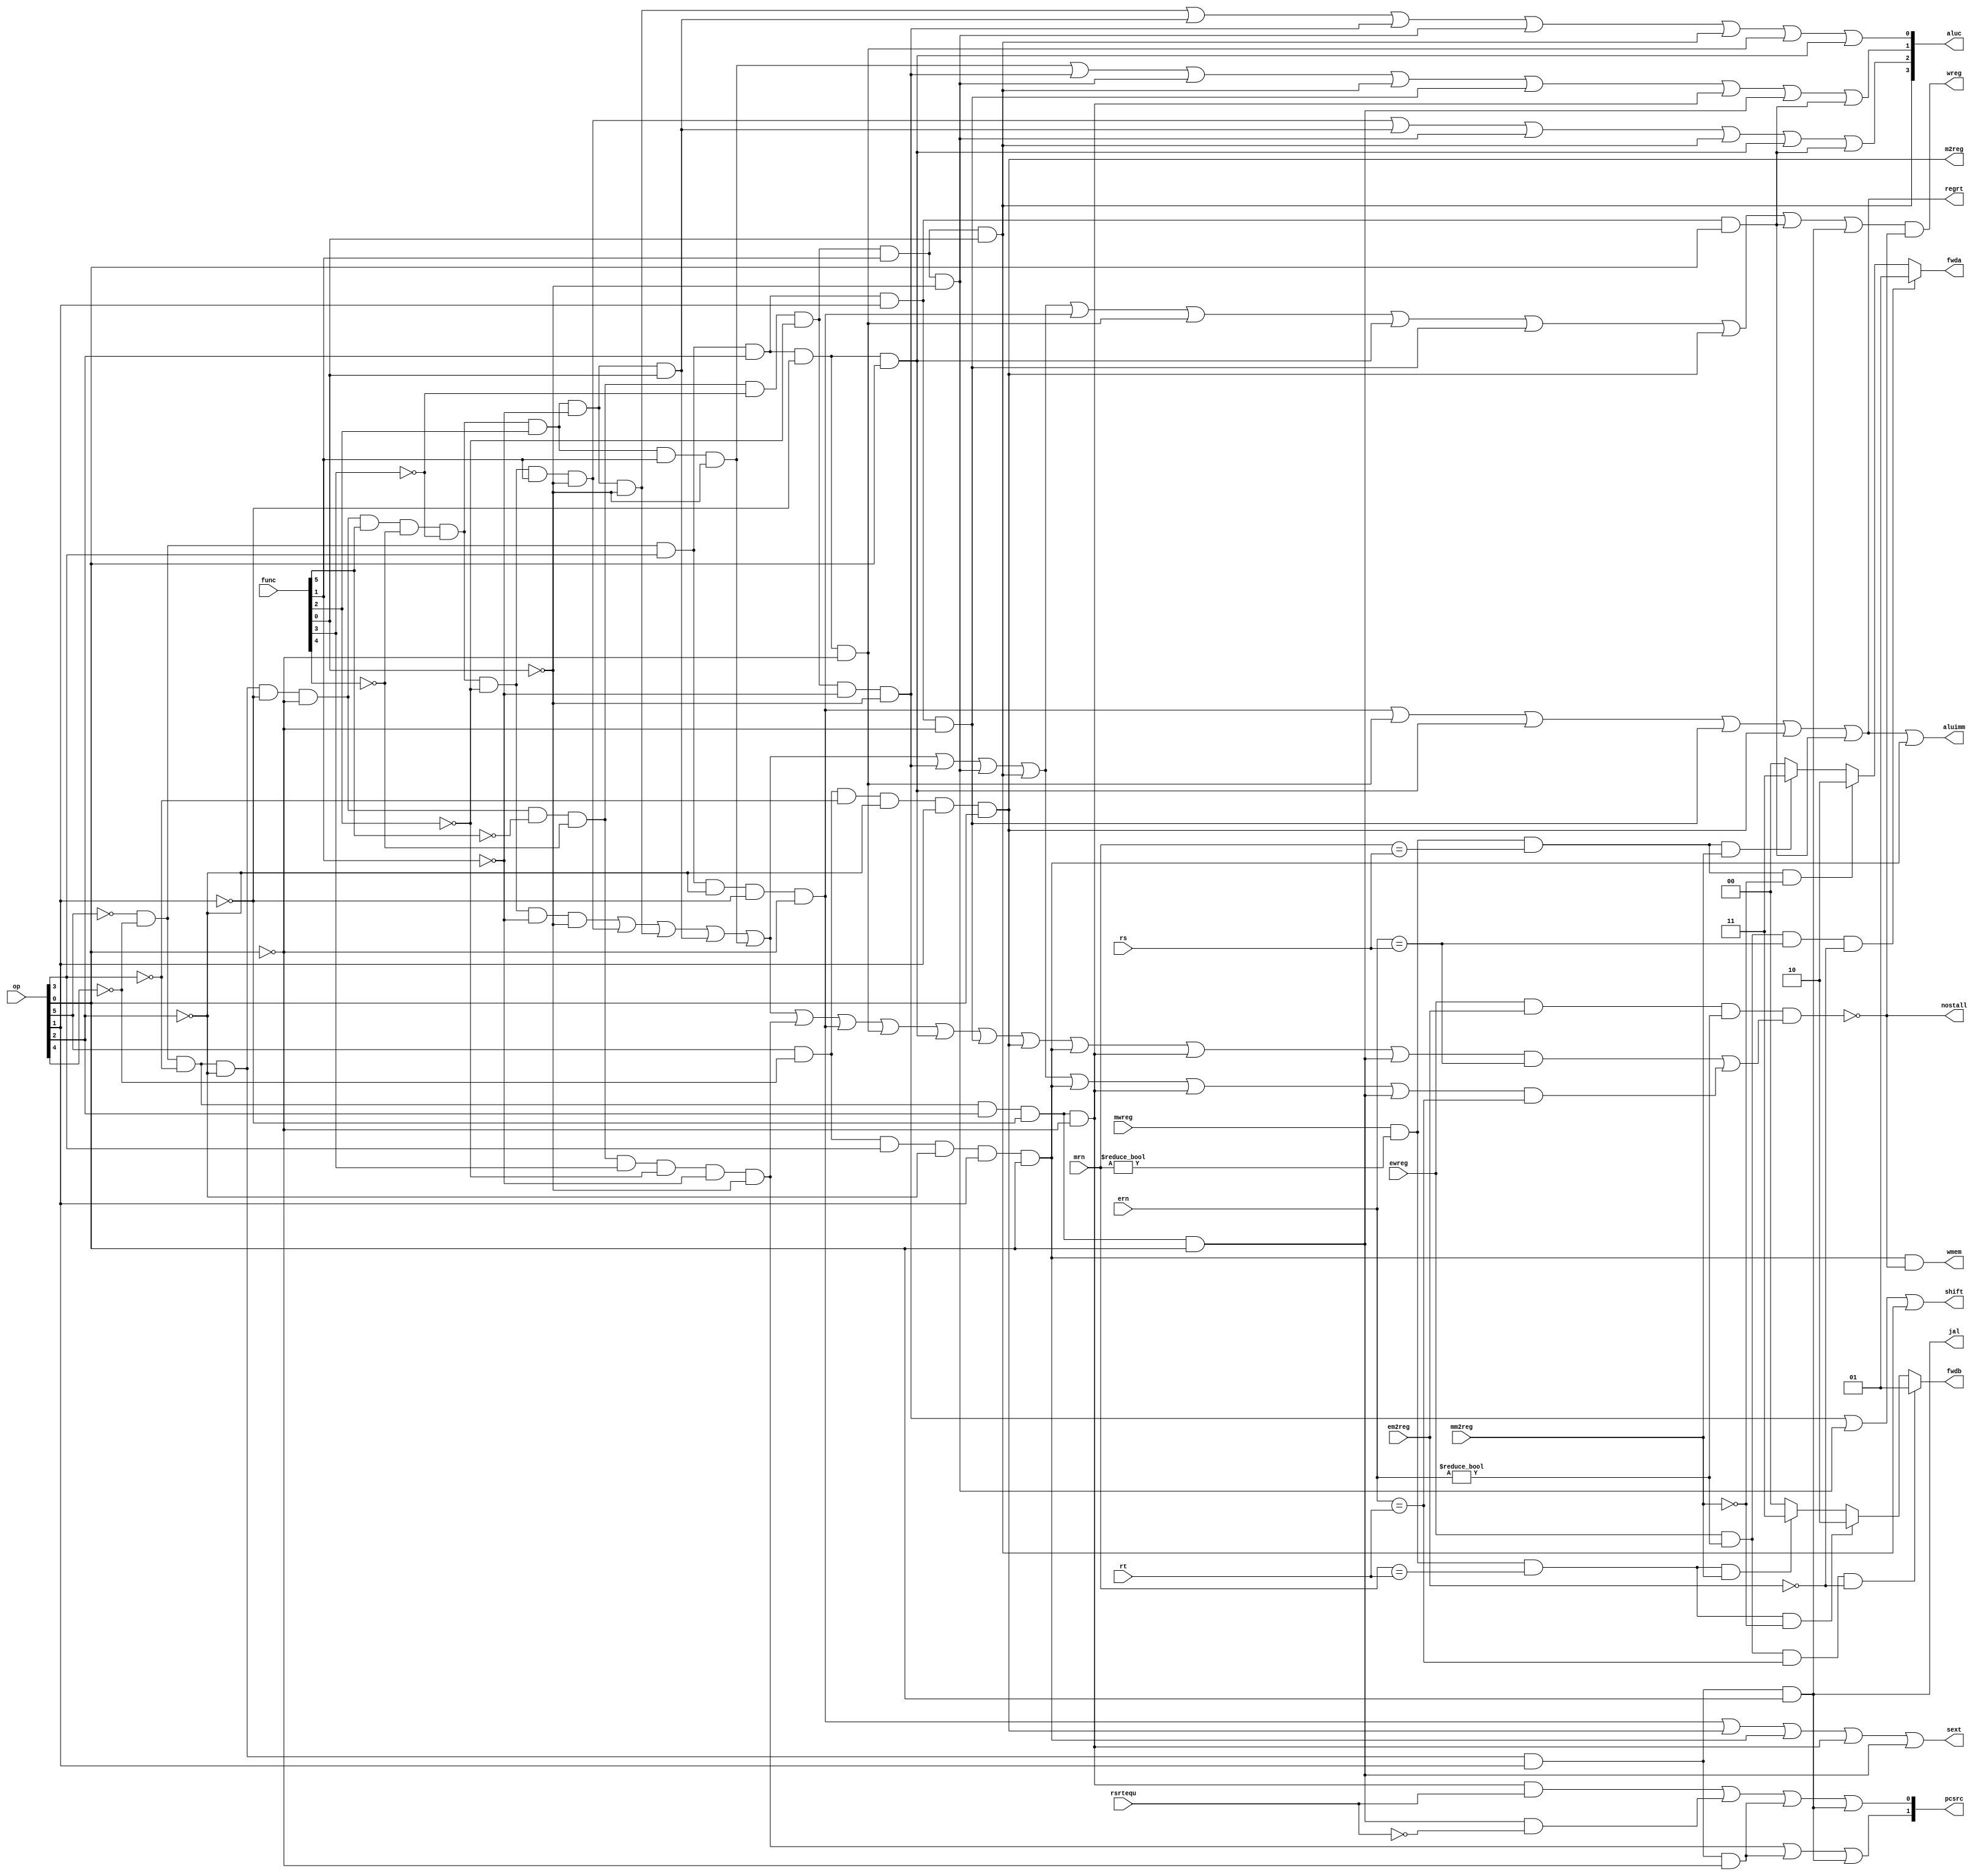
/************************************************
  The Verilog HDL code example is from the book
  Computer Principles and Design in Verilog HDL
  by Yamin Li, published by A JOHN WILEY & SONS
************************************************/
module pipeidcu (mwreg,mrn,ern,ewreg,em2reg,mm2reg,rsrtequ,func,op,rs,rt,
                 wreg,m2reg,wmem,aluc,regrt,aluimm,fwda,fwdb,nostall,sext,
                 pcsrc,shift,jal); // control unit in ID stage
    input   [5:0] op,func;  // op and func fields in instruction
    input   [4:0] rs,rt;    // rs and rt fields in instruction
    input   [4:0] ern;      // destination register number in EXE stage
    input   [4:0] mrn;      // destination register number in MEM stage
    input         ewreg;    // register file write enable in EXE stage
    input         em2reg;   // memory to register in EXE stage
    input         mwreg;    // register file write enable in MEM stage
    input         mm2reg;   // memory to register in MEM stage
    input         rsrtequ;  // reg[rs] == reg[rt]
    output  [3:0] aluc;     // alu control
    output  [1:0] pcsrc;    // next pc (npc) select
    output  [1:0] fwda;     // forward a: 00:qa; 01:exe; 10:mem; 11:mem_mem
    output  [1:0] fwdb;     // forward b: 00:qb; 01:exe; 10:mem; 11:mem_mem
    output        wreg;     // register file write enable
    output        m2reg;    // memory to register
    output        wmem;     // memory write
    output        aluimm;   // alu input b is an immediate
    output        shift;    // instruction in ID stage is a shift
    output        jal;      // instruction in ID stage is jal
    output        regrt;    // destination register number is rt
    output        sext;     // sign extend
    output        nostall;  // no stall (pipepc and pipeir write enable)
    // instruction decode
    wire rtype,i_add,i_sub,i_and,i_or,i_xor,i_sll,i_srl,i_sra,i_jr;
    wire i_addi,i_andi,i_ori,i_xori,i_lw,i_sw,i_beq,i_bne,i_lui,i_j,i_jal;
    and (rtype,~op[5],~op[4],~op[3],~op[2],~op[1],~op[0]);       // r format
    and (i_add,rtype, func[5],~func[4],~func[3],~func[2],~func[1],~func[0]);
    and (i_sub,rtype, func[5],~func[4],~func[3],~func[2], func[1],~func[0]);
    and (i_and,rtype, func[5],~func[4],~func[3], func[2],~func[1],~func[0]);
    and (i_or, rtype, func[5],~func[4],~func[3], func[2],~func[1], func[0]);
    and (i_xor,rtype, func[5],~func[4],~func[3], func[2], func[1],~func[0]);
    and (i_sll,rtype,~func[5],~func[4],~func[3],~func[2],~func[1],~func[0]);
    and (i_srl,rtype,~func[5],~func[4],~func[3],~func[2], func[1],~func[0]);
    and (i_sra,rtype,~func[5],~func[4],~func[3],~func[2], func[1], func[0]);
    and (i_jr, rtype,~func[5],~func[4], func[3],~func[2],~func[1],~func[0]);
    and (i_addi,~op[5],~op[4], op[3],~op[2],~op[1],~op[0]);      // i format
    and (i_andi,~op[5],~op[4], op[3], op[2],~op[1],~op[0]);
    and (i_ori, ~op[5],~op[4], op[3], op[2],~op[1], op[0]);
    and (i_xori,~op[5],~op[4], op[3], op[2], op[1],~op[0]);
    and (i_lw,   op[5],~op[4],~op[3],~op[2], op[1], op[0]);
    and (i_sw,   op[5],~op[4], op[3],~op[2], op[1], op[0]);
    and (i_beq, ~op[5],~op[4],~op[3], op[2],~op[1],~op[0]);
    and (i_bne, ~op[5],~op[4],~op[3], op[2],~op[1], op[0]);
    and (i_lui, ~op[5],~op[4], op[3], op[2], op[1], op[0]);
    and (i_j,   ~op[5],~op[4],~op[3],~op[2], op[1],~op[0]);      // j format
    and (i_jal, ~op[5],~op[4],~op[3],~op[2], op[1], op[0]);
    // instructions that use rs
    wire i_rs = i_add  | i_sub | i_and  | i_or  | i_xor | i_jr  | i_addi |
                i_andi | i_ori | i_xori | i_lw  | i_sw  | i_beq | i_bne;
    // instructions that use rt
    wire i_rt = i_add  | i_sub | i_and  | i_or  | i_xor | i_sll | i_srl  |
                i_sra  | i_sw  | i_beq  | i_bne;
    // pipeline stall caused by data dependency with lw instruction
    assign nostall = ~(ewreg & em2reg & (ern != 0) & (i_rs & (ern == rs) |
                                                      i_rt & (ern == rt)));
    reg [1:0] fwda, fwdb;  // forwarding, multiplexer's select signals
    always @ (ewreg, mwreg, ern, mrn, em2reg, mm2reg, rs, rt) begin
        // forward control signal for alu input a
        fwda = 2'b00;                                 // default: no hazards
        if (ewreg & (ern != 0) & (ern == rs) & ~em2reg) begin
            fwda = 2'b01;                             // select exe_alu
        end else begin
            if (mwreg & (mrn != 0) & (mrn == rs) & ~mm2reg) begin
                fwda = 2'b10;                         // select mem_alu
            end else begin
                if (mwreg & (mrn != 0) & (mrn == rs) & mm2reg) begin
                    fwda = 2'b11;                     // select mem_lw
                end 
            end
        end
        // forward control signal for alu input b
        fwdb = 2'b00;                                 // default: no hazards
        if (ewreg & (ern != 0) & (ern == rt) & ~em2reg) begin
            fwdb = 2'b01;                             // select exe_alu
        end else begin
            if (mwreg & (mrn != 0) & (mrn == rt) & ~mm2reg) begin
                fwdb = 2'b10;                         // select mem_alu
            end else begin
                if (mwreg & (mrn != 0) & (mrn == rt) & mm2reg) begin
                    fwdb = 2'b11;                     // select mem_lw
                end 
            end
        end
    end
    // control signals
    assign wreg     =(i_add |i_sub |i_and |i_or  |i_xor |i_sll |i_srl |
                      i_sra |i_addi|i_andi|i_ori |i_xori|i_lw  |i_lui |
                      i_jal)& nostall;       // prevent from executing twice
    assign regrt    = i_addi|i_andi|i_ori |i_xori|i_lw  |i_lui;
    assign jal      = i_jal;
    assign m2reg    = i_lw;
    assign shift    = i_sll |i_srl |i_sra;
    assign aluimm   = i_addi|i_andi|i_ori |i_xori|i_lw  |i_lui |i_sw;
    assign sext     = i_addi|i_lw  |i_sw  |i_beq |i_bne;
    assign aluc[3]  = i_sra;
    assign aluc[2]  = i_sub |i_or  |i_srl |i_sra |i_ori |i_lui;
    assign aluc[1]  = i_xor |i_sll |i_srl |i_sra |i_xori|i_beq |i_bne|i_lui;
    assign aluc[0]  = i_and |i_or  |i_sll |i_srl |i_sra |i_andi|i_ori;
    assign wmem     = i_sw  & nostall;       // prevent from executing twice
    assign pcsrc[1] = i_jr  |i_j   |i_jal;
    assign pcsrc[0] = i_beq & rsrtequ | i_bne & ~rsrtequ | i_j | i_jal;
endmodule